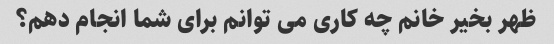
ظهر بخیر خانم چه کاری می توانم برای شما انجام دهم؟